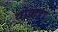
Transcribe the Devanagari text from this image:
थोकडा